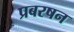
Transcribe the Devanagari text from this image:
प्रबरषन